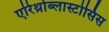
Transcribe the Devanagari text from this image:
एरिथ्रोब्लास्टोसिस